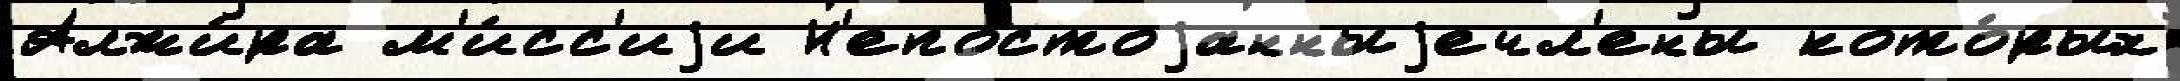
Алжи́ра м'и́сс'иjи Н'епостоjанныjечл'ены кото́рых